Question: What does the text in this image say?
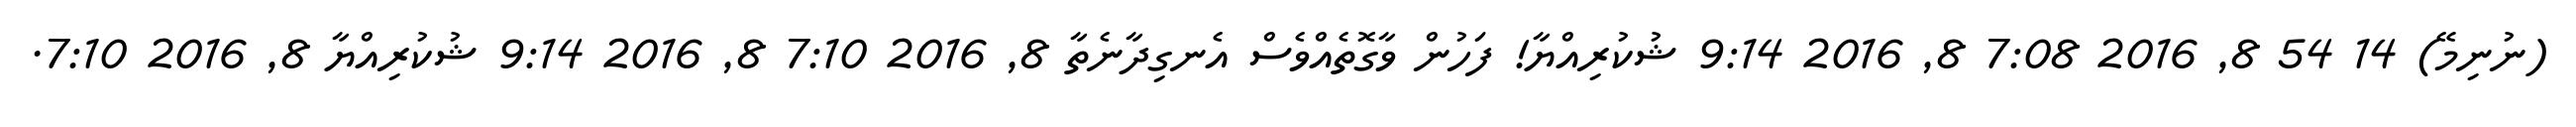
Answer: (ނުނިމޭ) 14 54 8, 2016 7:08 8, 2016 9:14 ޝުކުރިއްޔާ! ފަހުން ވާގޮތެއްވެސް އެނގިދާނެތާ 8, 2016 7:10 8, 2016 9:14 ޝުކުރިއްޔާ 8, 2016 7:10.